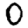
Digit: 0